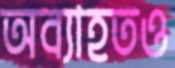
অব্যাহতও